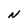
Character: N